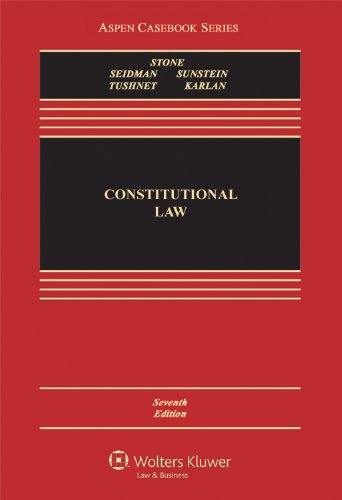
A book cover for Constitutional Law, Seventh Edition (Aspen Casebooks); Geoffrey R. Stone; Law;